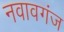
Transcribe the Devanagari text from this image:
नवावगंज